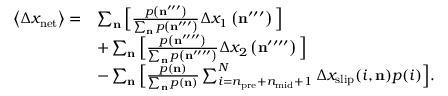
\begin{array} { r l } { \left\langle \Delta x _ { \mathrm { n e t } } \right\rangle = } & { \sum _ { \mathbf { n } } \Big [ \frac { p \left( \mathbf { n } ^ { \prime \prime \prime } \right) } { \sum _ { \mathbf { n } } p \left( \mathbf { n } ^ { \prime \prime \prime } \right) } \Delta x _ { 1 } \left( \mathbf { n } ^ { \prime \prime \prime } \right) \Big ] } \\ & { + \sum _ { \mathbf { n } } \Big [ \frac { p \left( \mathbf { n } ^ { \prime \prime \prime \prime } \right) } { \sum _ { \mathbf { n } } p \left( \mathbf { n } ^ { \prime \prime \prime \prime } \right) } \Delta x _ { 2 } \left( \mathbf { n } ^ { \prime \prime \prime \prime } \right) \Big ] } \\ & { - \sum _ { \mathbf { n } } \Big [ \frac { p \left( \mathbf { n } \right) } { \sum _ { \mathbf { n } } p \left( \mathbf { n } \right) } \sum _ { i = n _ { \mathrm { p r e } } + n _ { \mathrm { m i d } } + 1 } ^ { N } \Delta x _ { \mathrm { s l i p } } ( i , \mathbf { n } ) p ( i ) \Big ] . } \end{array}